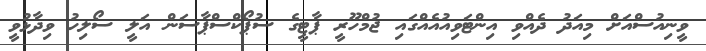
ވީނިއުސްއަށް މިއަދު ދެއްވި އިންޓަވިއުއެއްގައި ޖުމްހޫރީ ޕާޓީގެ ސުޕޯކްސްޕާސަން އަލީ ސޯލިހު ވިދާޅުވީ